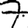
Digit: 7